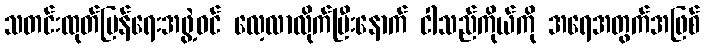
သတင်းထုတ်ပြန်ရေးအဖွဲ့ဝင် လေ့လာလိုက်ပြီးနောက် ငါသည်ကိုယ်ကို အရေအတွက်အဖြစ်